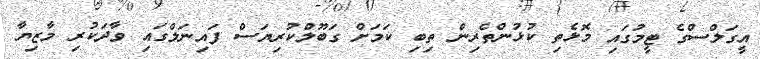
އީގަލްސްގެ ޓީމުގައި މޮޅެތި ކުޅުންތެރިން ތިބި ކަމަށް ގަބޫލްކުރިޔަސް ފައިނަލްގައި ވާދަކުރި މާޒިޔާ